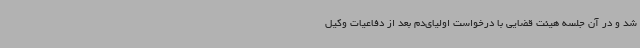
شد و در آن جلسه هیئت قضایی با درخواست اولیای‌دم بعد از دفاعیات وکیل